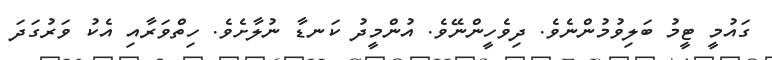
ގައުމީ ޓީމު ބަލިވުމުންނެވެ. ދިވެހީންނޭވެ. އުންމީދު ކަނޑާ ނުލާށެވެ. ހިތްވަރާއި އެކު ވަރުގަދަ